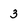
Character: 3